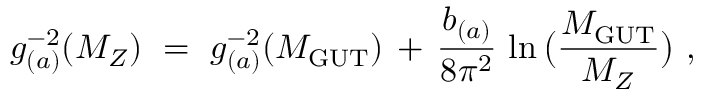
g _ { ( a ) } ^ { - 2 } ( M _ { Z } ) \ = \ g _ { ( a ) } ^ { - 2 } ( M _ { \mathrm { G U T } } ) \, + \, \frac { b _ { ( a ) } } { 8 \pi ^ { 2 } } \, \ln \big ( \frac { M _ { \mathrm { G U T } } } { M _ { Z } } \big ) \ ,